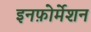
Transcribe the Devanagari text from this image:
इनफ़ोर्मेशन